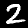
Label: 2